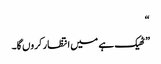
“
” ٹھیک ہے میں انتظار کروں گا۔